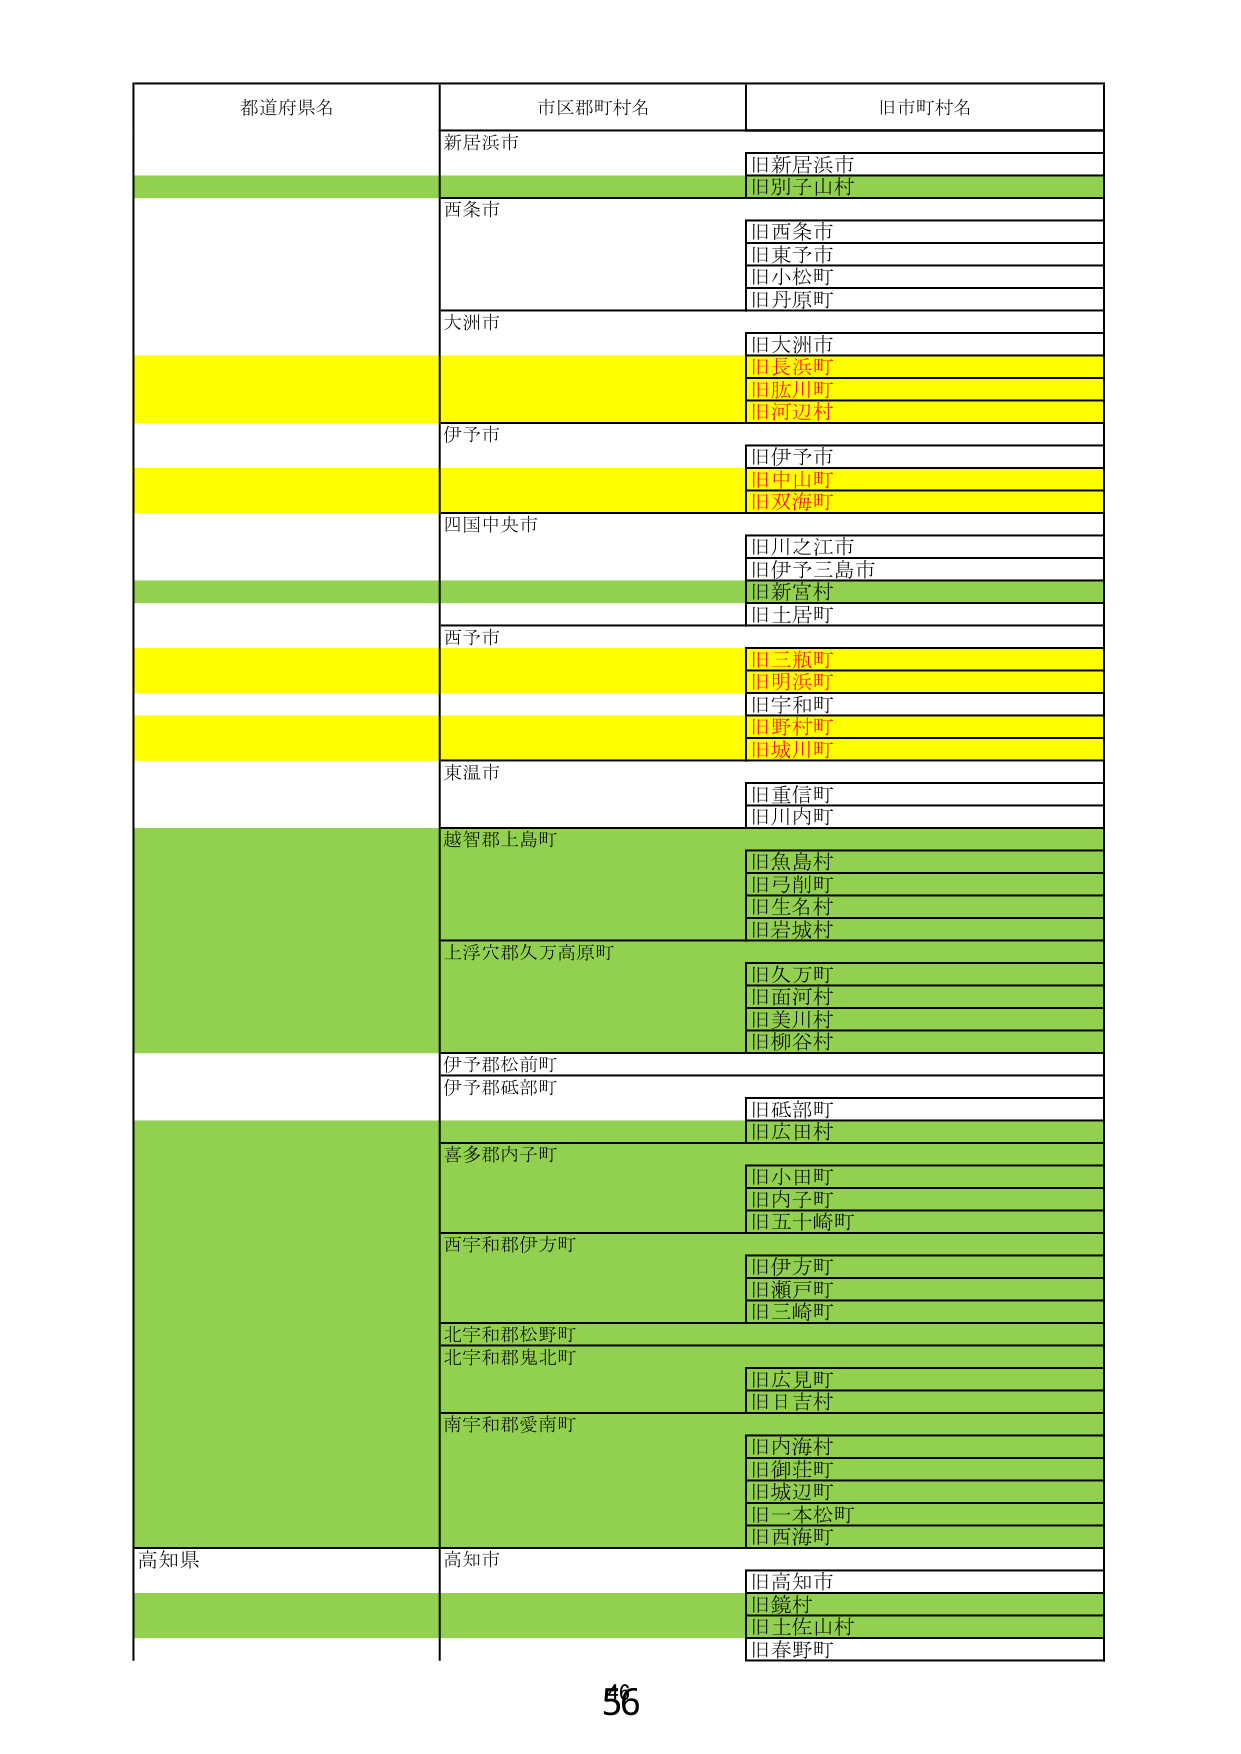
都道府県名
市区郡町村名
旧市町村名
新居浜市
旧新居浜市
旧別子山村
西条市
旧西条市
旧東予市
旧小松町
旧丹原町
大洲市
旧大洲市
旧長浜町
旧肱川町
旧河辺村
伊予市
旧伊予市
旧中山町
旧双海町
四国中央市
旧川之江市
旧伊予三島市
旧新宮村
旧土居町
西予市
旧三瓶町
旧明浜町
旧宇和町
旧野村町
旧城川町
東温市
旧重信町
旧川内町
越智郡上島町
旧魚島村
旧弓削町
旧生名村
旧岩城村
上浮穴郡久万高原町
旧久万町
旧面河村
旧美川村
旧柳谷村
伊予郡松前町
伊予郡砥部町
旧砥部町
旧広田村
喜多郡内子町
旧小田町
旧内子町
旧五十崎町
西宇和郡伊方町
旧伊方町
旧瀬戸町
旧三崎町
北宇和郡松野町
北宇和郡鬼北町
旧広見町
旧目吉村
南宇和郡愛南町
旧内海村
旧御荘町
旧城辺町
旧一本松町
旧西海町
高知県
高知市
旧高知市
旧鏡村
旧土佐山村
旧春野町
56